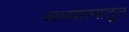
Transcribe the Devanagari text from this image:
आध्यात्मातून